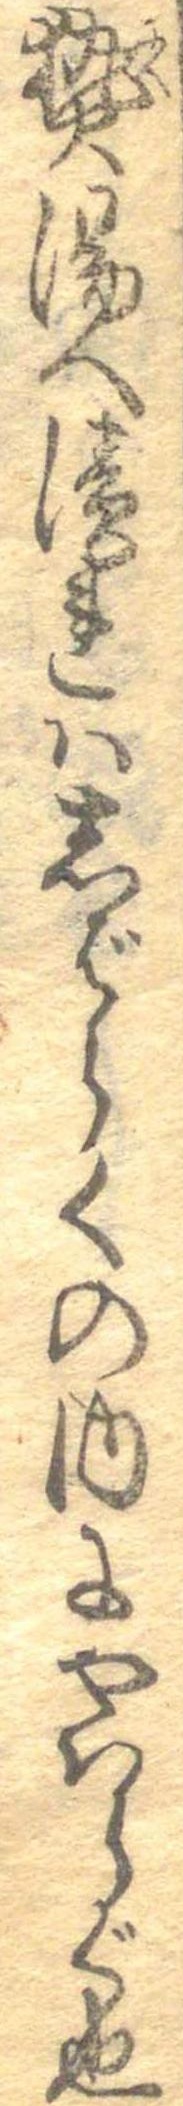
煮湯へ漬れはしばらくの内にやはらぐ也